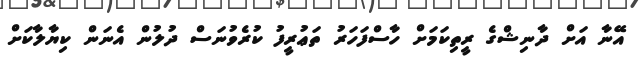
އޭނާ އަށް ދާނިޝްގެ ރީތިކަމަށް ހާސްފަހަރު ތަޢުރީފު ކުރެވުނަސް ދުލުން އެނަން ކިޔާލާކަށް